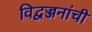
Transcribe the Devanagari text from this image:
विद्वज्जनांची